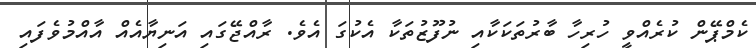
ކެމްޕޭން ކުރެއްވީ ހުރިހާ ބާރުތަކަކާއި ނުފޫޒުތަކާ އެކުގަ އެވެ. ރާއްޖޭގައި އަނިޔާއެއް އާއްމުވެފައި